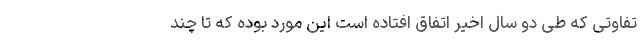
تفاوتی که طی دو سال اخیر اتفاق افتاده است این مورد بوده که تا چند